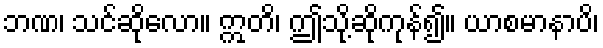
ဘဏ၊ သင်ဆိုလော။ ဣတိ၊ ဤသို့ဆိုကုန်၍။ ယာစမာနာပိ၊